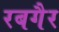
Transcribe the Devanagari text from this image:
रबगैर